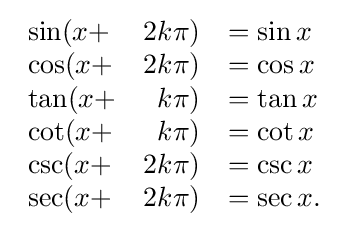
{\begin{array}{lrl}\sin(x+&2k\pi )&=\sin x\\\cos(x+&2k\pi )&=\cos x\\\tan(x+&k\pi )&=\tan x\\\cot(x+&k\pi )&=\cot x\\\csc(x+&2k\pi )&=\csc x\\\sec(x+&2k\pi )&=\sec x.\end{array}}